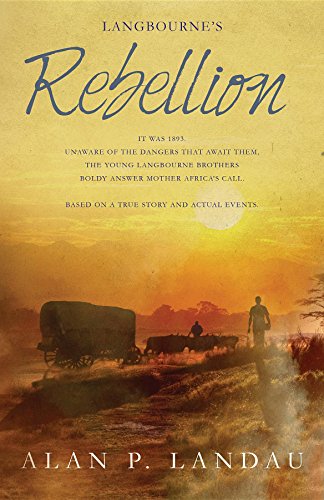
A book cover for Langbourne's Rebellion; Alan P Landau; Teen & Young Adult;